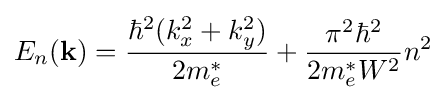
E_{n}({\mathbf {k}})={\frac {\hbar ^{2}(k_{x}^{2}+k_{y}^{2})}{2m_{e}^{*}}}+{\frac {\pi ^{2}\hbar ^{2}}{2m_{e}^{*}W^{2}}}n^{2}